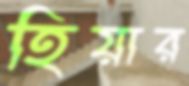
হিয়ার